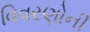
વિવરણોની